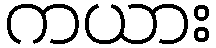
ကယား